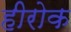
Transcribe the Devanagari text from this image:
हीरोक